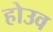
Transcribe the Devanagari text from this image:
होउव